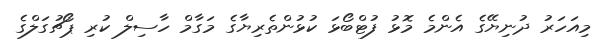
މިއަހަރު ދުނިޔޭގެ އެންމެ މޮޅު ފުޓްބޯޅަ ކުޅުންތެރިޔާގެ މަގާމް ހާސިލް ކުރި ޕޯޗުގަލްގެ